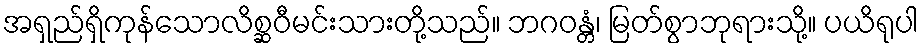
အရှည်ရှိကုန်သောလိစ္ဆဝီမင်းသားတို့သည်။ ဘဂဝန္တံ၊ မြတ်စွာဘုရားသို့။ ပယိရုပါ